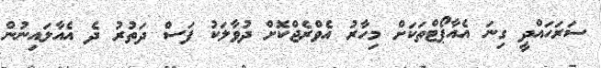
ސަރަހައްދީ ގިނަ އެއާޕޯޓްތަކަށް މިހާރު އެވްރެޖްކޮށް ދުވާލަކު ފަސް ދަތުރު ދެ އެއާލައިނުން